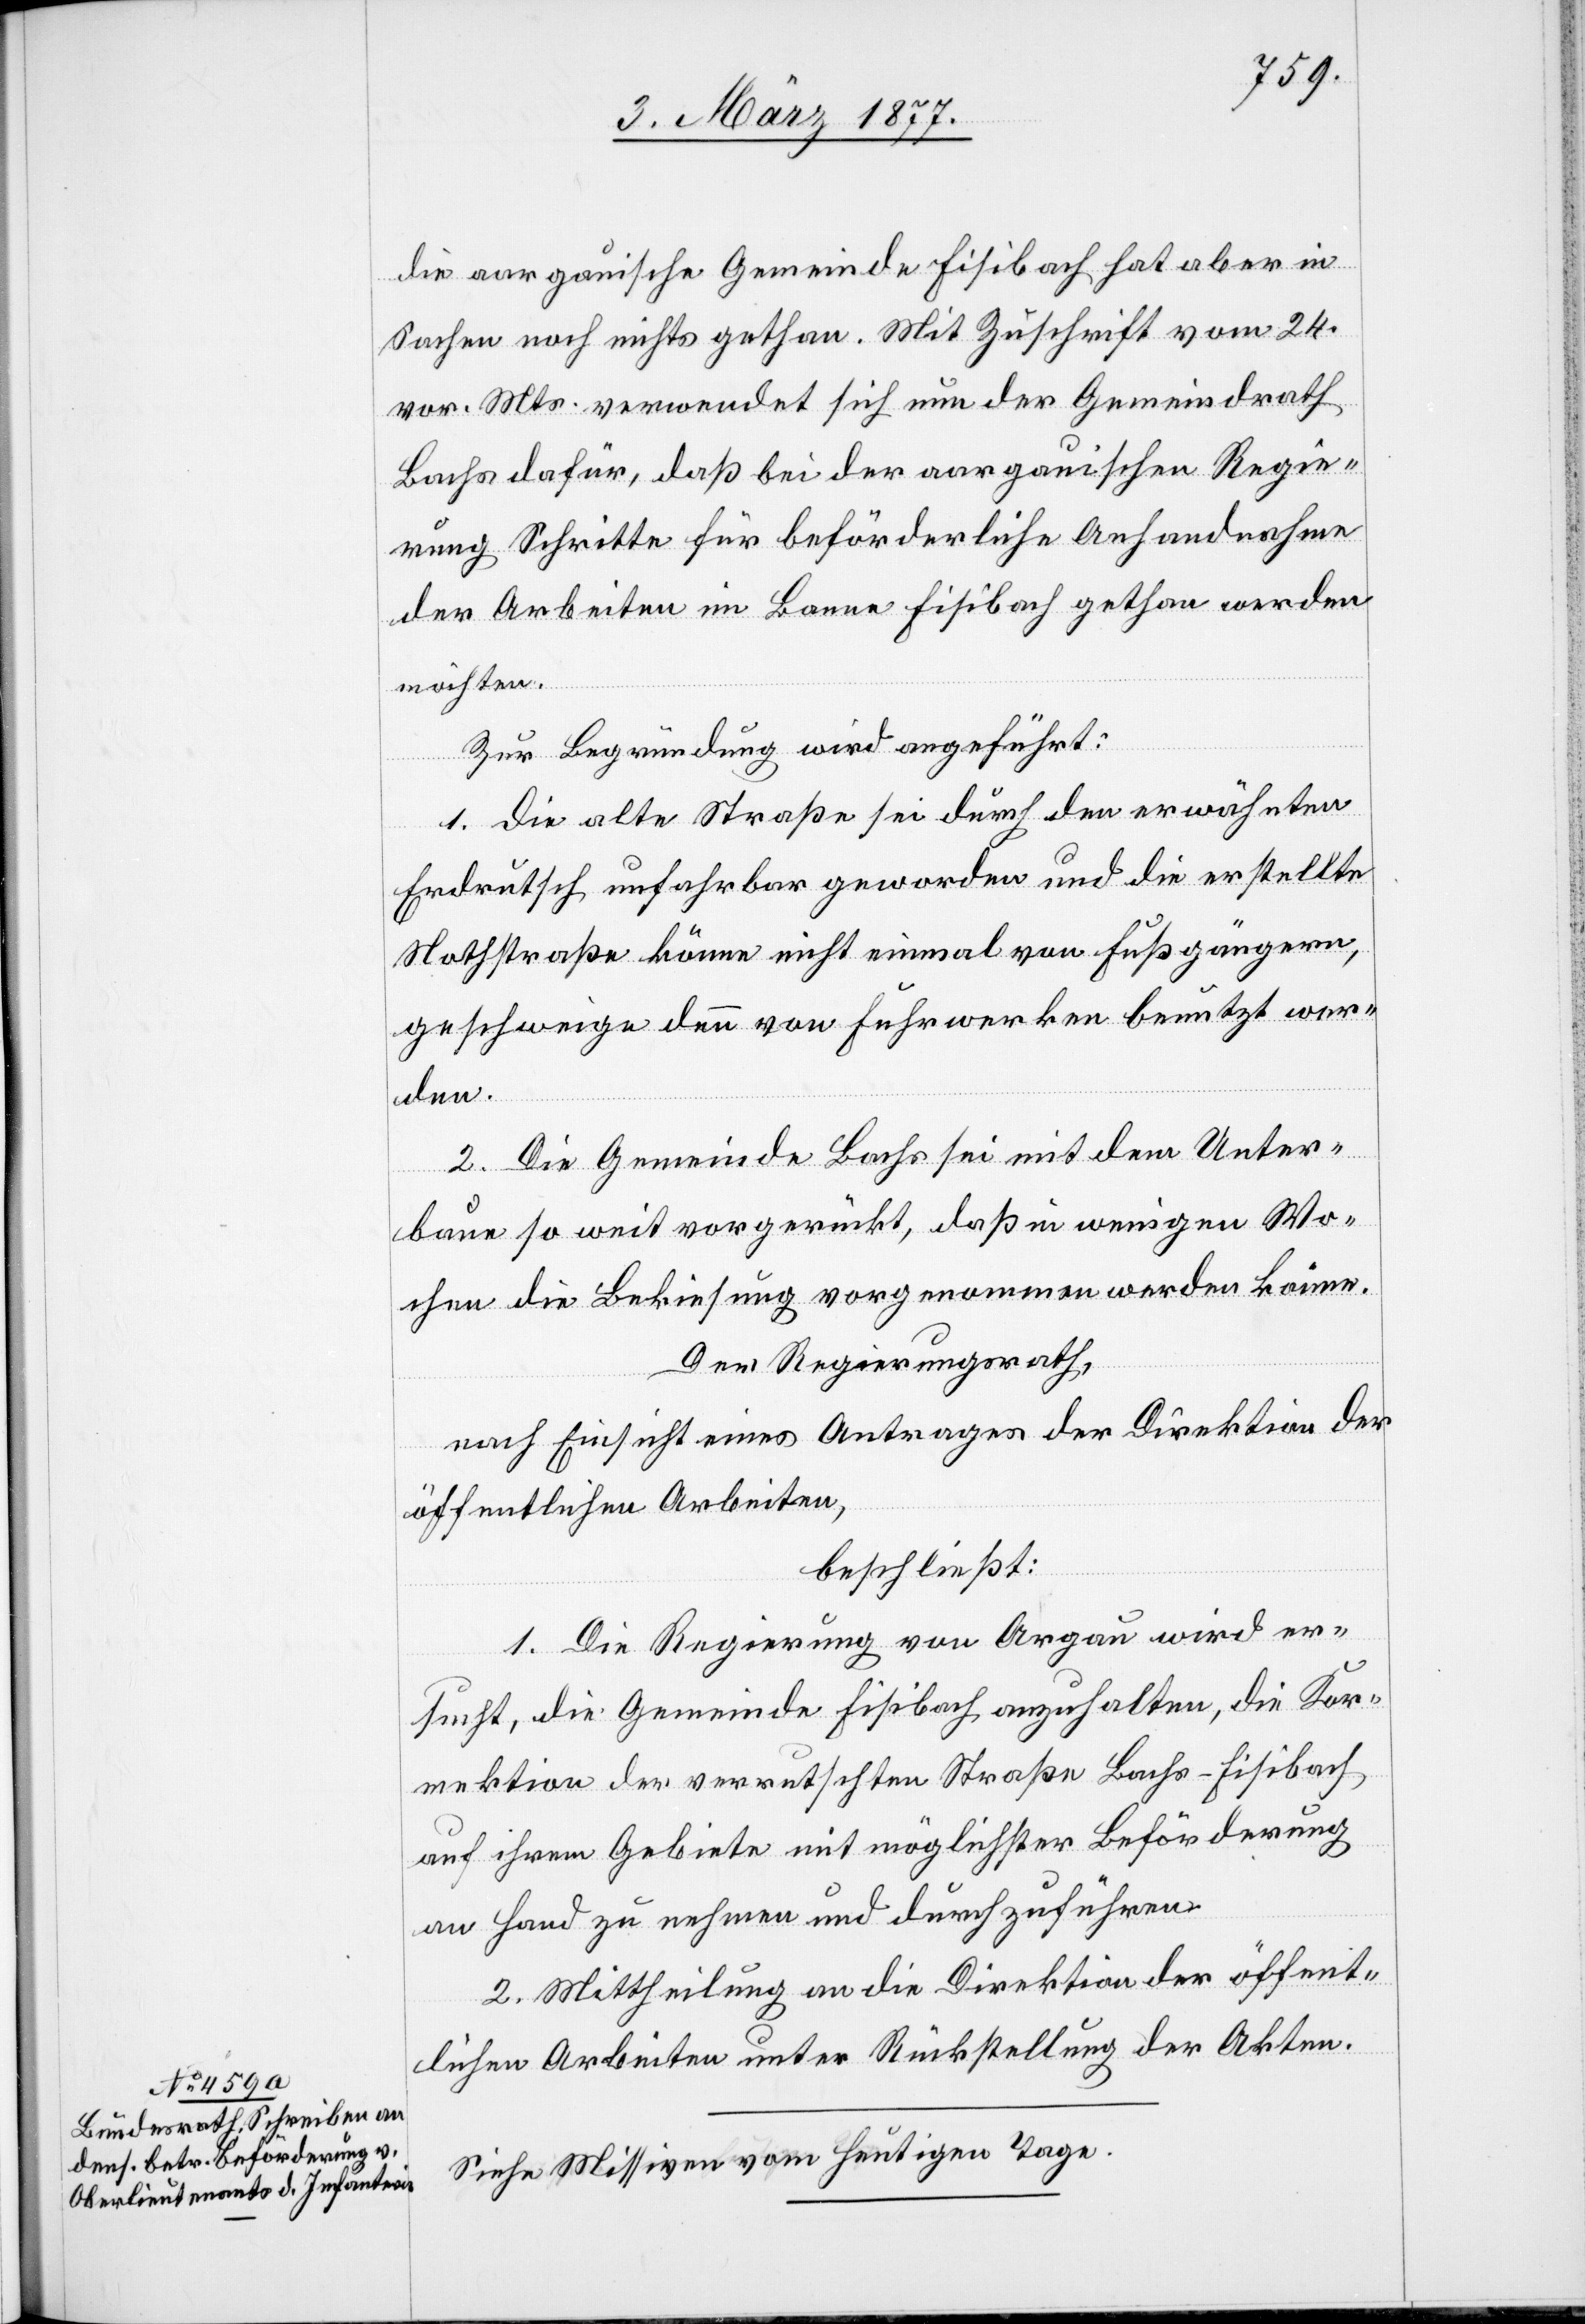
die aargauische Gemeinde Fisibach hat aber in
Sachen noch nichts gethan. Mit Zuschrift vom 24.
vor. Mts. verwendet sich nun der Gemeindrath
Bachs dafür, daß bei der aargauischen Regie¬
rung Schritte für beförderliche Anhandnahme
der Arbeiten im Banne Fisibach gethan werden
möchten.
Zur Begründung wird angeführt:
1. Die alte Straße sei durch den erwähnten
Erdrutsch unfahrbar geworden und die erstellte
Nothstraße könne nicht einmal von Fußgängern,
geschweige denn von Fuhrwerken benutzt wer¬
ten.
2. Die Gemeinde Bachs sei mit dem Unter¬
Arbei¬
baue so weit vorgerückt, daß in wenigen Wo¬
chen die Bekiesung vorgenommen werden könne.
Der Regierungsrath,
nach Einsicht eines Antrages der Direktion der
öffentlichen Arbeiten,
beschließt:
1. Die Regierung von Aargau wird er¬
sucht, die Gemeinde Fisibach anzuhalten, die Kor¬
rektion der verrutschten Straße Bachs–Fisibach
auf ihrem Gebiete mit möglichster Beförderung
an Hand zu nehmen und durchzuführen.
2. Mittheilung an die Direktion der öffent¬
Siehe Missiven vom heutigen Tage.